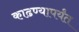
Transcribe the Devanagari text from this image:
काढण्यापर्यंत